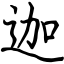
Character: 迦